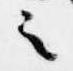
之